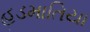
હડમાતિયા